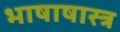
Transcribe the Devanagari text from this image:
भाषाषास्त्र